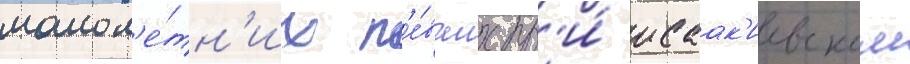
малол'е́тн'их п'е́вчих пр'и́ исаак'иевском